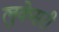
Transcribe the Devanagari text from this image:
लुकेसरी